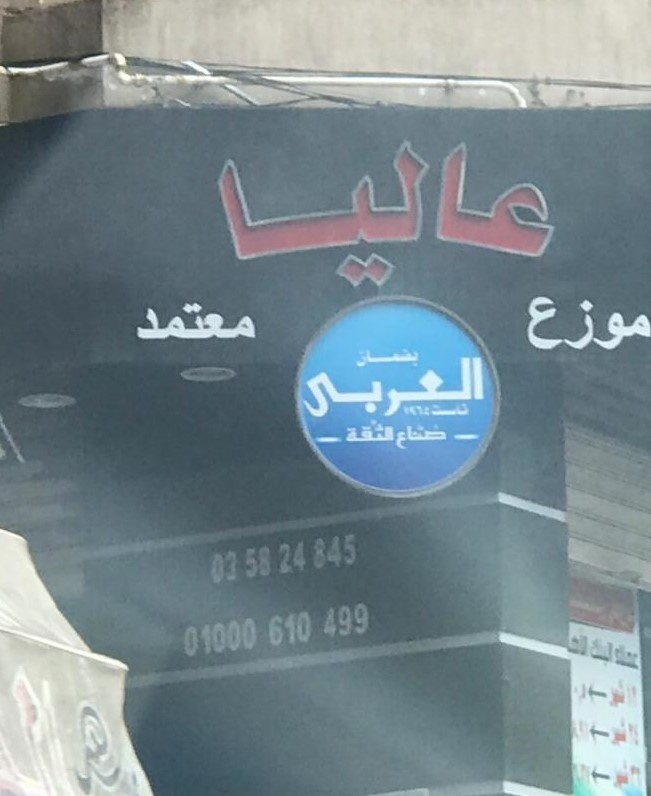
Text in image: عاليا معتمد موزع العربي الثقة صناع 345 24 58 03 499 610 01000